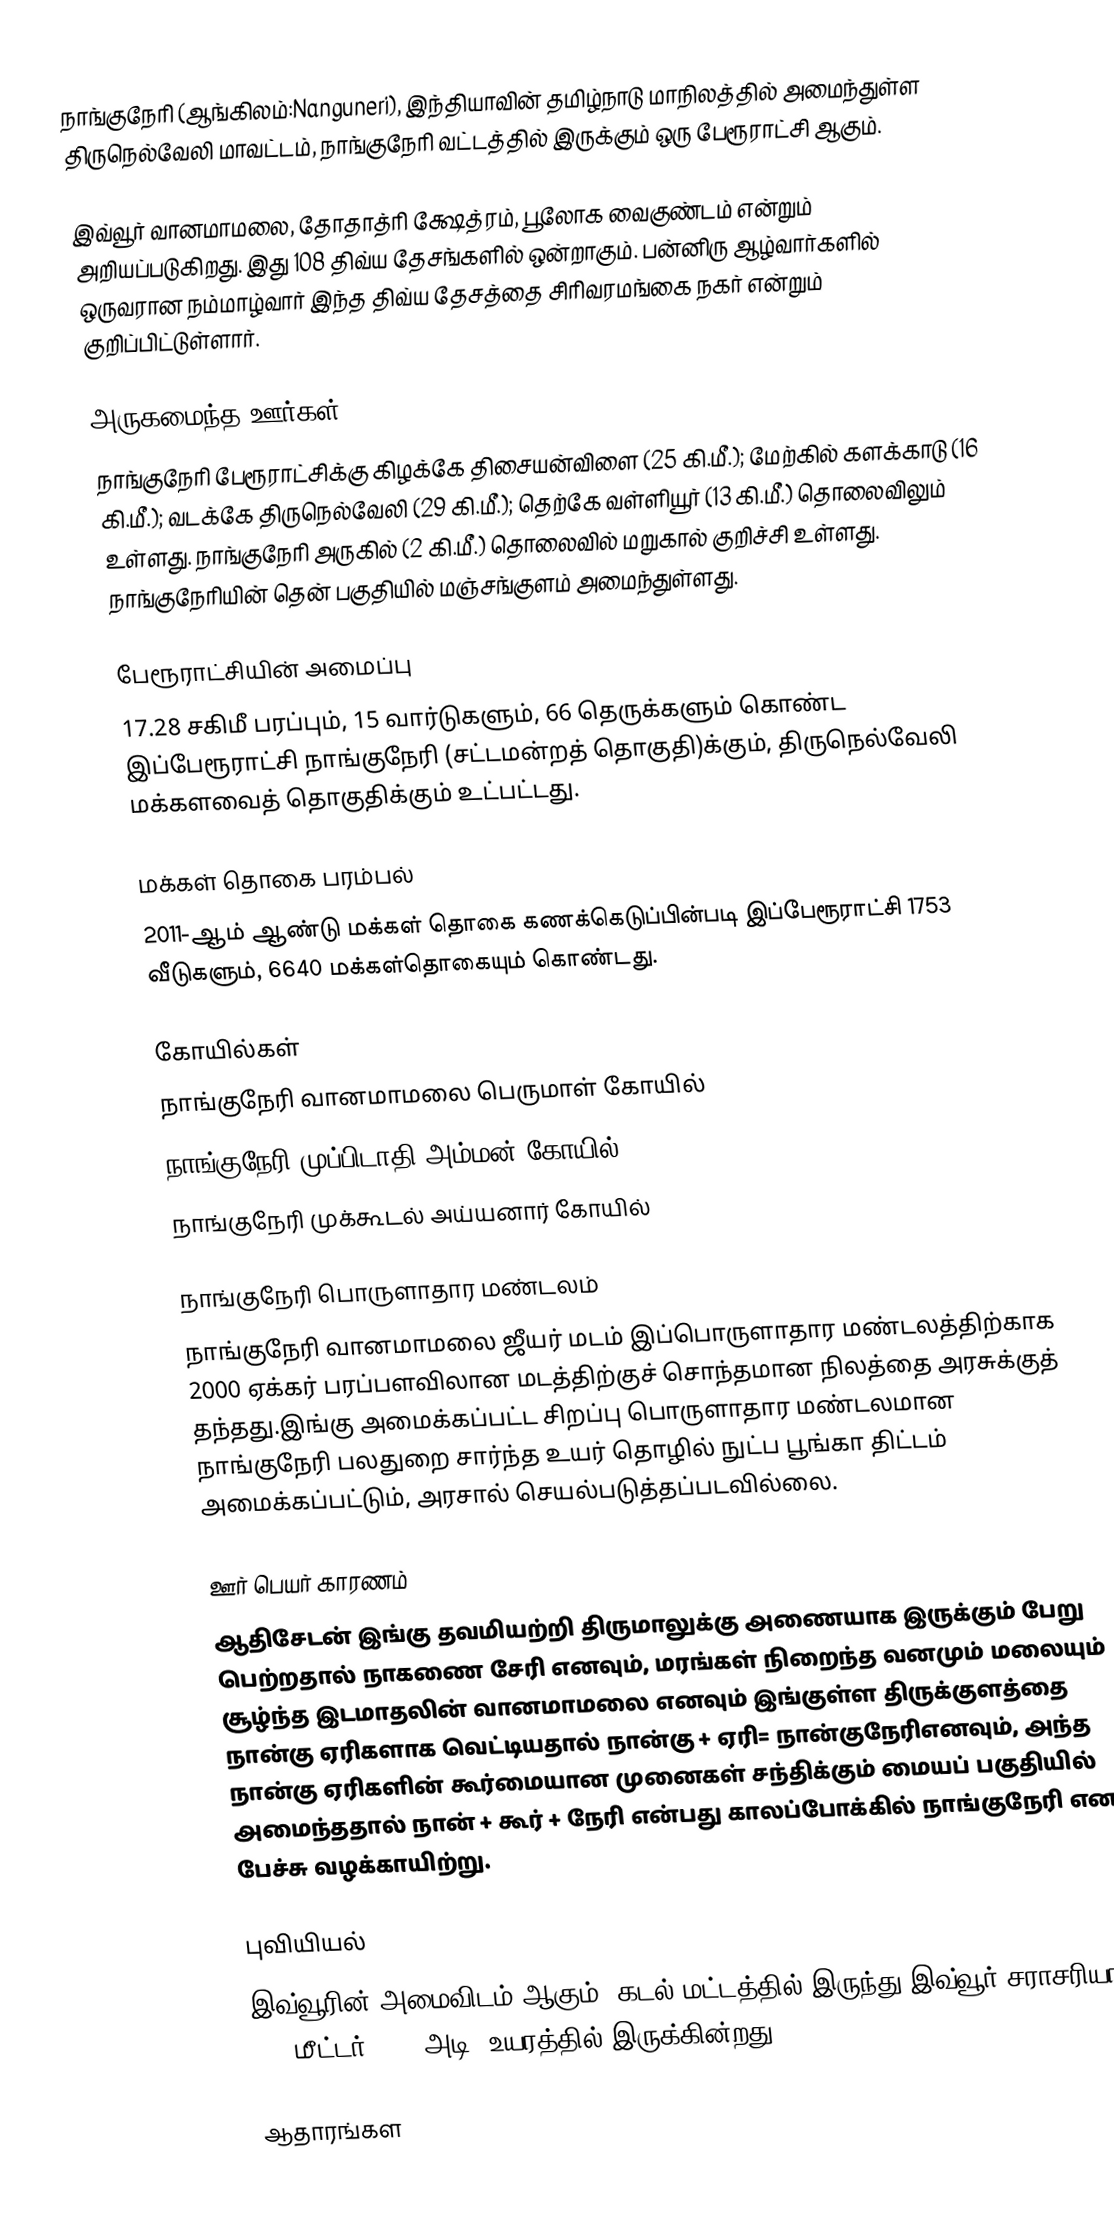
நாங்குநேரி (ஆங்கிலம்:Nanguneri), இந்தியாவின் தமிழ்நாடு மாநிலத்தில் அமைந்துள்ள திருநெல்வேலி மாவட்டம், நாங்குநேரி வட்டத்தில் இருக்கும் ஒரு பேரூராட்சி ஆகும்.

இவ்வூர் வானமாமலை, தோதாத்ரி க்ஷேத்ரம், பூலோக வைகுண்டம் என்றும் அறியப்படுகிறது. இது 108 திவ்ய தேசங்களில் ஒன்றாகும். பன்னிரு ஆழ்வார்களில் ஒருவரான நம்மாழ்வார் இந்த திவ்ய தேசத்தை சிரிவரமங்கை நகர் என்றும் குறிப்பிட்டுள்ளார்.

அருகமைந்த ஊர்கள்
நாங்குநேரி பேரூராட்சிக்கு கிழக்கே திசையன்விளை (25 கி.மீ.); மேற்கில் களக்காடு (16 கி.மீ.); வடக்கே திருநெல்வேலி (29 கி.மீ.); தெற்கே வள்ளியூர் (13 கி.மீ.) தொலைவிலும் உள்ளது. நாங்குநேரி அருகில் (2 கி.மீ.) தொலைவில் மறுகால் குறிச்சி உள்ளது. நாங்குநேரியின் தென் பகுதியில்  மஞ்சங்குளம்  அமைந்துள்ளது.

பேரூராட்சியின் அமைப்பு
17.28 சகிமீ பரப்பும், 15 வார்டுகளும், 66    தெருக்களும் கொண்ட இப்பேரூராட்சி  நாங்குநேரி (சட்டமன்றத் தொகுதி)க்கும், திருநெல்வேலி மக்களவைத் தொகுதிக்கும் உட்பட்டது.

மக்கள் தொகை பரம்பல்
2011-ஆம் ஆண்டு மக்கள் தொகை கணக்கெடுப்பின்படி  இப்பேரூராட்சி                1753 வீடுகளும், 6640  மக்கள்தொகையும் கொண்டது.

கோயில்கள்
 நாங்குநேரி வானமாமலை பெருமாள் கோயில்
 நாங்குநேரி முப்பிடாதி அம்மன் கோயில்
 நாங்குநேரி முக்கூடல் அய்யனார் கோயில்

நாங்குநேரி பொருளாதார மண்டலம்
நாங்குநேரி வானமாமலை ஜீயர் மடம் இப்பொருளாதார மண்டலத்திற்காக 2000 ஏக்கர் பரப்பளவிலான மடத்திற்குச் சொந்தமான நிலத்தை அரசுக்குத் தந்தது.இங்கு அமைக்கப்பட்ட சிறப்பு பொருளாதார மண்டலமான நாங்குநேரி பலதுறை சார்ந்த உயர் தொழில் நுட்ப பூங்கா திட்டம் அமைக்கப்பட்டும், அரசால் செயல்படுத்தப்படவில்லை.

ஊர் பெயர் காரணம்
ஆதிசேடன் இங்கு தவமியற்றி திருமாலுக்கு அணையாக இருக்கும் பேறு பெற்றதால் நாகணை சேரி எனவும், மரங்கள் நிறைந்த வனமும் மலையும் சூழ்ந்த இடமாதலின் வானமாமலை எனவும் இங்குள்ள திருக்குளத்தை நான்கு ஏரிகளாக வெட்டியதால் நான்கு + ஏரி= நான்குநேரிஎனவும், அந்த நான்கு ஏரிகளின் கூர்மையான முனைகள் சந்திக்கும் மையப் பகுதியில் அமைந்ததால் நான் + கூர் + நேரி என்பது காலப்போக்கில் நாங்குநேரி என பேச்சு வழக்காயிற்று.

புவியியல்
இவ்வூரின் அமைவிடம்  ஆகும். கடல் மட்டத்தில் இருந்து இவ்வூர் சராசரியாக 141 மீட்டர் (462 அடி) உயரத்தில் இருக்கின்றது.

ஆதாரங்கள